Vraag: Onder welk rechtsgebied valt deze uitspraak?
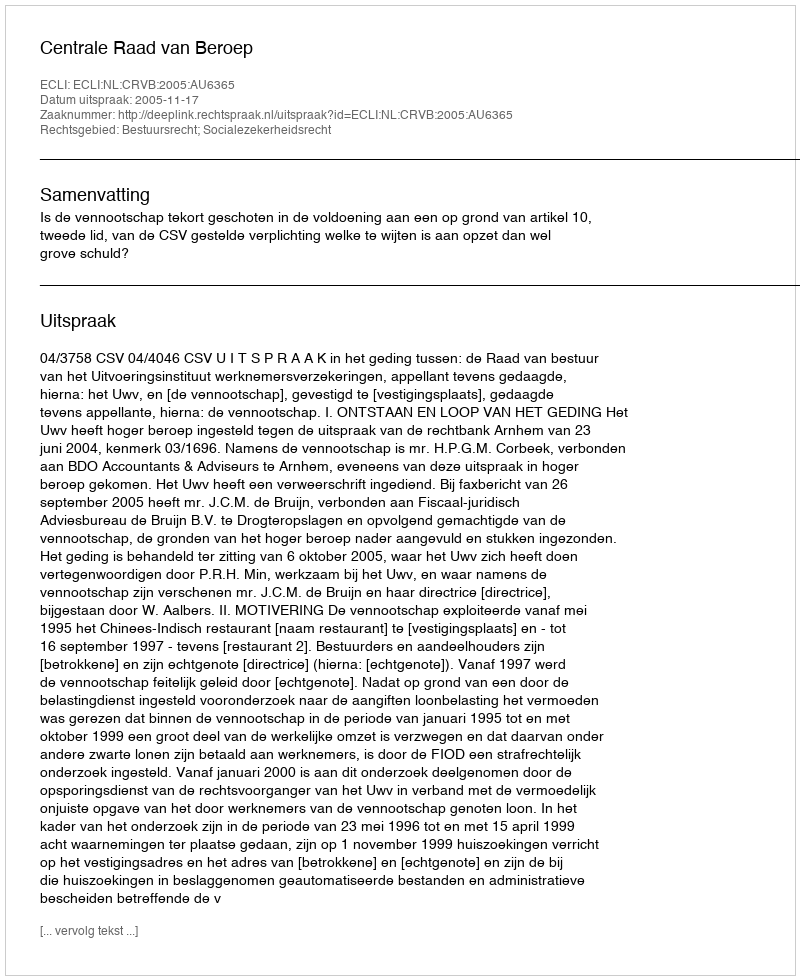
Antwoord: Bestuursrecht; Socialezekerheidsrecht